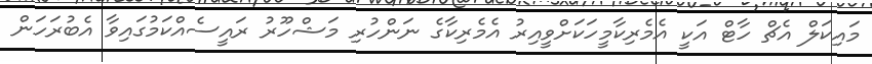
މައިކަލް އެޗް ހާޓް އަކީ އެމެރިކާމީހަކަށްވީއިރު އެމެރިކާގެ ނަންހުރި މަޝްހޫރު ރައީސެއްކަމުގައިވާ އެބުރަހަން